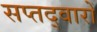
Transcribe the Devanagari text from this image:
सप्तद्वारों